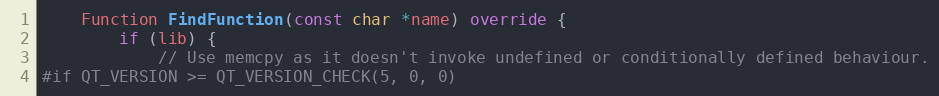
Language: C++
	Function FindFunction(const char *name) override {
		if (lib) {
			// Use memcpy as it doesn't invoke undefined or conditionally defined behaviour.
#if QT_VERSION >= QT_VERSION_CHECK(5, 0, 0)